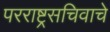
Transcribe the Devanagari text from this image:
परराष्ट्रसचिवाचे